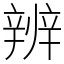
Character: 辨